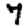
Digit: 7